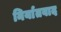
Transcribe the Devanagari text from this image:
निर्यातवाद